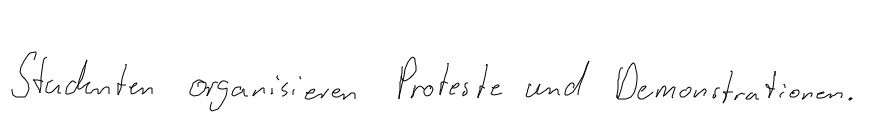
Studenten organisieren Proteste und Demonstrationen.